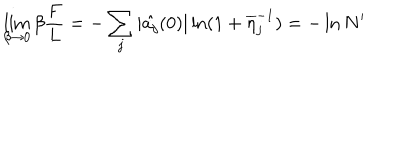
LaTeX: \lim _ { \beta \rightarrow 0 } \beta \frac { F } { L } = - \sum _ { j } | \hat { a _ { j } } ( 0 ) | \ln ( 1 + \overline { { { \eta } } } _ { j } ^ { - 1 } ) = - \ln N ^ { \prime }